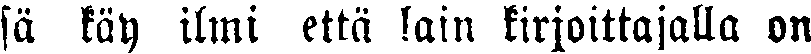
sä käy ilmi että lain kirjoittajalla on